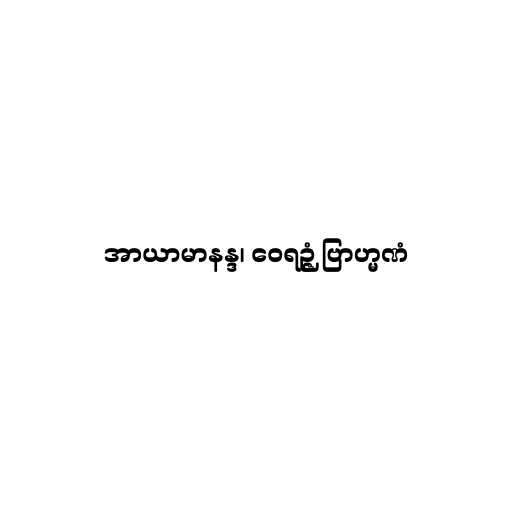
အာယာမာနန္ဒ၊ ဝေရဉ္ဇံ ဗြာဟ္မဏံ